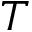
T